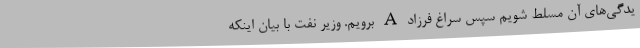
یدگی‌های آن مسلط شویم سپس سراغ فرزاد A‌ برویم. وزیر نفت با بیان اینکه